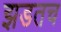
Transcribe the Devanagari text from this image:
झडतच